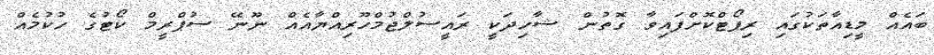
ބައެއް މީޑިއާތަކުގައި ރިޕޯޓްކޮށްފައިވާ ގޮތުން ޝާހިދަކީ ރައީސުލްޖުމްހޫރިއްޔާއެއް ނޫނޭ ސުޕްރީމް ކޯޓުގެ ހުކުމެއް